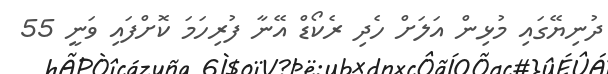
ދުނިޔޭގައި މުޅިން އަލަށް ހެދި ރެކޯޑް އޭނާ ފުރިހަމަ ކޮށްފައި ވަނީ 55